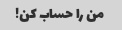
من را حساب کن!